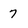
Character: 7